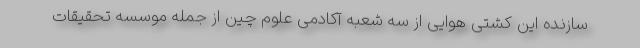
سازنده این کشتی هوایی از سه شعبه آکادمی علوم چین از جمله موسسه تحقیقات